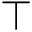
\top